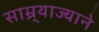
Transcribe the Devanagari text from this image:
साम्र्याज्याने